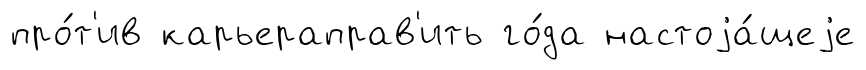
про́т'ив карьераправ'ить го́да настоjа́щеjе